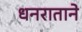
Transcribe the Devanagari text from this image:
धनराताने